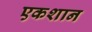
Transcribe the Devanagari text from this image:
एकशान